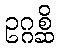
ဥဂ္ဂစ္ဆိ